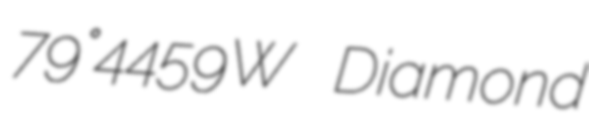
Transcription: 79°44′59″W Diamond